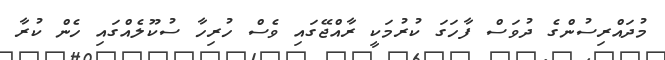
މުދައްރިސުންގެ ދުވަސް ފާހަގަ ކުރުމަކީ ރާއްޖޭގައި ވެސް ހުރިހާ ސުކޫލެއްގައި ހެން ކުރާ